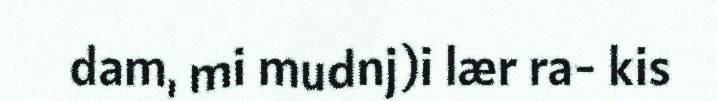
dam, mi mudnj)i lær ra- kis